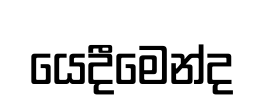
යෙදීමෙන්ද